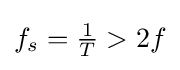
f_{s}={\tfrac {1}{T}}>2f